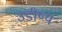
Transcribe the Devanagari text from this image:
उडीष्य